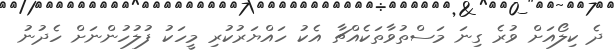
ދެ ކިލޯއަށް ވުރެ ގިނަ މަސްތުވާތަކެއްޗާ އެކު ހައްޔަރުކުރި މީހަކު ފުލުހުންނަށް ހެދުނު